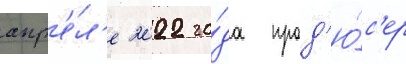
апр'е́л'е 2022 го́да прод'ю́с'ер